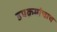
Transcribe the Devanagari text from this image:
उपक्रमांचाच